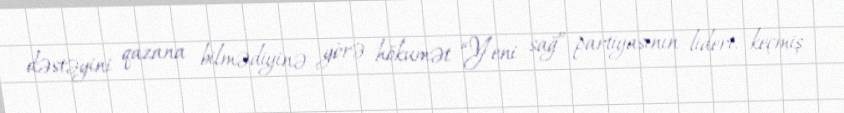
dəstəyini qazana bilmədiyinə görə hökumət “Yeni sağ” partiyasının lideri, keçmiş